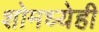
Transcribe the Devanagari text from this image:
शोमध्येही